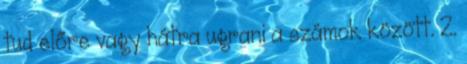
tud előre vagy hátra ugrani a számok között. 2.